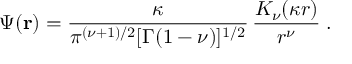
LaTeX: \Psi ( { \bf r } ) = \frac { \kappa } { \pi ^ { ( \nu + 1 ) / 2 } [ \Gamma ( 1 - \nu ) ] ^ { 1 / 2 } } \, \frac { K _ { \nu } ( \kappa r ) } { r ^ { \nu } } \; .